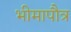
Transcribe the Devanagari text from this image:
भीमापौत्र